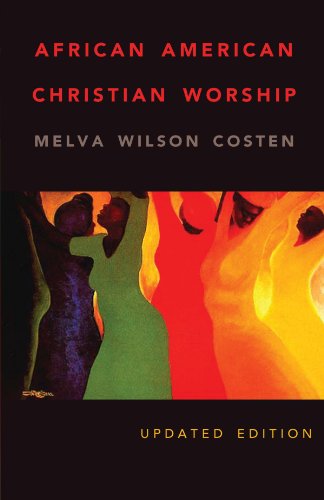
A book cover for African American Christian Worship: 2nd Edition; Melva Wilson Costen; Christian Books & Bibles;